Notes on vaccination in the North-West Frontier Province 1923-1928 - 1923-1928
Year: 1923
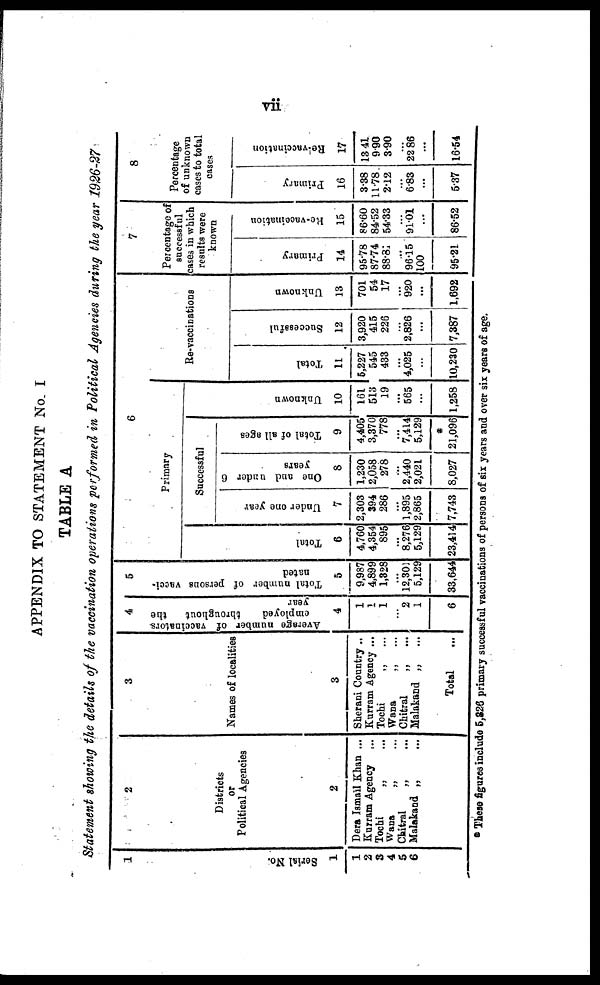
vii
APPENDIX TO STATEMENT No. I
TABLE A
Statement showing the details of the vaccination operations performed in Political Agencies during the year 1926-27
1
Serial No.
1
1
2
3
4
5
6
2
Districts
or
Political Agencies
2
Dera Ismail Khan ...
Kurram Agency
...
Tochi
„ ...
Wana
„ ...
Chitral
„ ...
Malakand „ ...
3
Names of localities
3
Sherani Country ...
Kurram Agency ...
Tochi
„ ...
Wana
„ ...
Chitral
„ ...
Malakand „ ...
Total ...
4
Average number of vaccinators
employed
throughout
the
year
4
1
1
1
...
2
1
6
5
Total number of persons vacci-
nated
5
9,987
4,899
1,328
...
12,301
5,129
33,644
6
Primary
Total
6
4,760
4,354
895
...
8,276
5,129
23,414
Successful
Under one year
7
2,303
394
286
...
1,895
2,865
7,743
One and under 6
years
8
1,230
2,058
278
...
2,440
2,021
8,027
Total of all ages
9
4,405
3,370
778
...
7,414
5,129
*
21,096
Unknown
10
161
513
19
...
565
...
1,258
Re- vaccinations
Total
11
5,227
545
433
...
4,025
...
10,230
Successful
12
3,920
415
226
...
2,826
...
7,387
Unknown
13
701
54
17
...
920
...
1,692
7
Percentage of
successful
cases in which
results were
known
Primary
14
95.78
87.74
88.81
...
96.15
100
95.21
Re-vaccination
15
86.60
84.52
54.33
...
91.01
...
86.52
8
Percentage
of unknown
cases to total
cases
Primary
16
3.38
11.78
2.12
...
6.83
...
5.37
Re-vaccination
17
13.41
9.90
3.90
...
22.86
...
16.54
* These figures include 5,326 primary successful vaccinations of persons of six years and over six years of age.